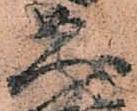
久